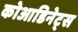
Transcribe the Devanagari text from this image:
कोआडिनेट्स